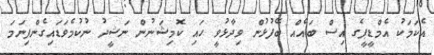
އެކަމަކު އެމްޑީޕީގެ އިސް ބައެއް ބޭފުޅުން ވިދާޅުވީ ހައި ކޮމިޝަނުން ނަޝީދު ނުކުމެވަޑައިގެންފިނަމަ